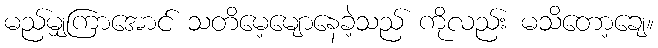
မည်မျှကြာအောင် သတိမေ့မျောနေခဲ့သည် ကိုလည်း မသိတော့ချေ။